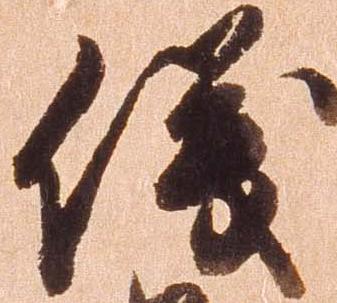
儀